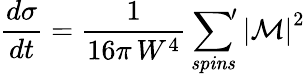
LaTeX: \frac{d\sigma}{dt}=\frac{1}{16\pi\, W^{4}}\, {\sum_{\mathit{spins}}}^{\! \prime}\, \left|\mathcal{M}\right|^{2}